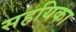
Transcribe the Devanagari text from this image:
सहयिका